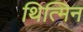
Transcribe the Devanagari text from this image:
थित्मिन